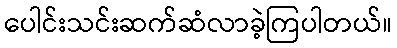
ပေါင်းသင်းဆက်ဆံလာခဲ့ကြပါတယ်။